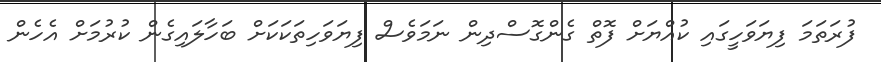
ފުރަތަމަ ފިޔަވަހީގައި ކުއްޔަށް ފޮތް ގެންގޮސްދިން ނަމަވެސް ފިޔަވަހިތަކަކަށް ބަހާލައިގެން ކުރުމަށް އެހެން